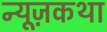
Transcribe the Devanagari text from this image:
न्यूज़कथा